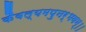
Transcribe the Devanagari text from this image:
कैवल्यमपुनर्भवम्‌।।